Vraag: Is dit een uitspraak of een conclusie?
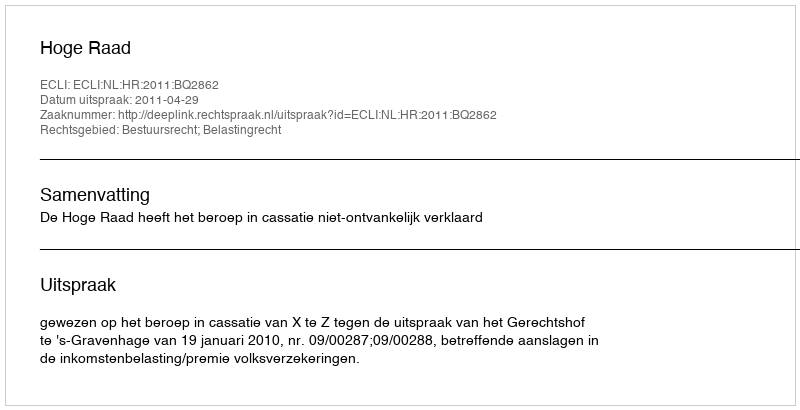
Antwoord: Uitspraak